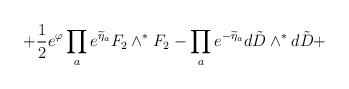
\begin{align*}\left. +\frac{1}{2}e^{\varphi} \prod_a e^{\widetilde\eta_a}{F}_2\wedge^*{F}_2 -\prod_{a}e^{-\widetilde\eta_a}d{\tilde D}\wedge^* d{\tilde D}+ \right.\end{align*}